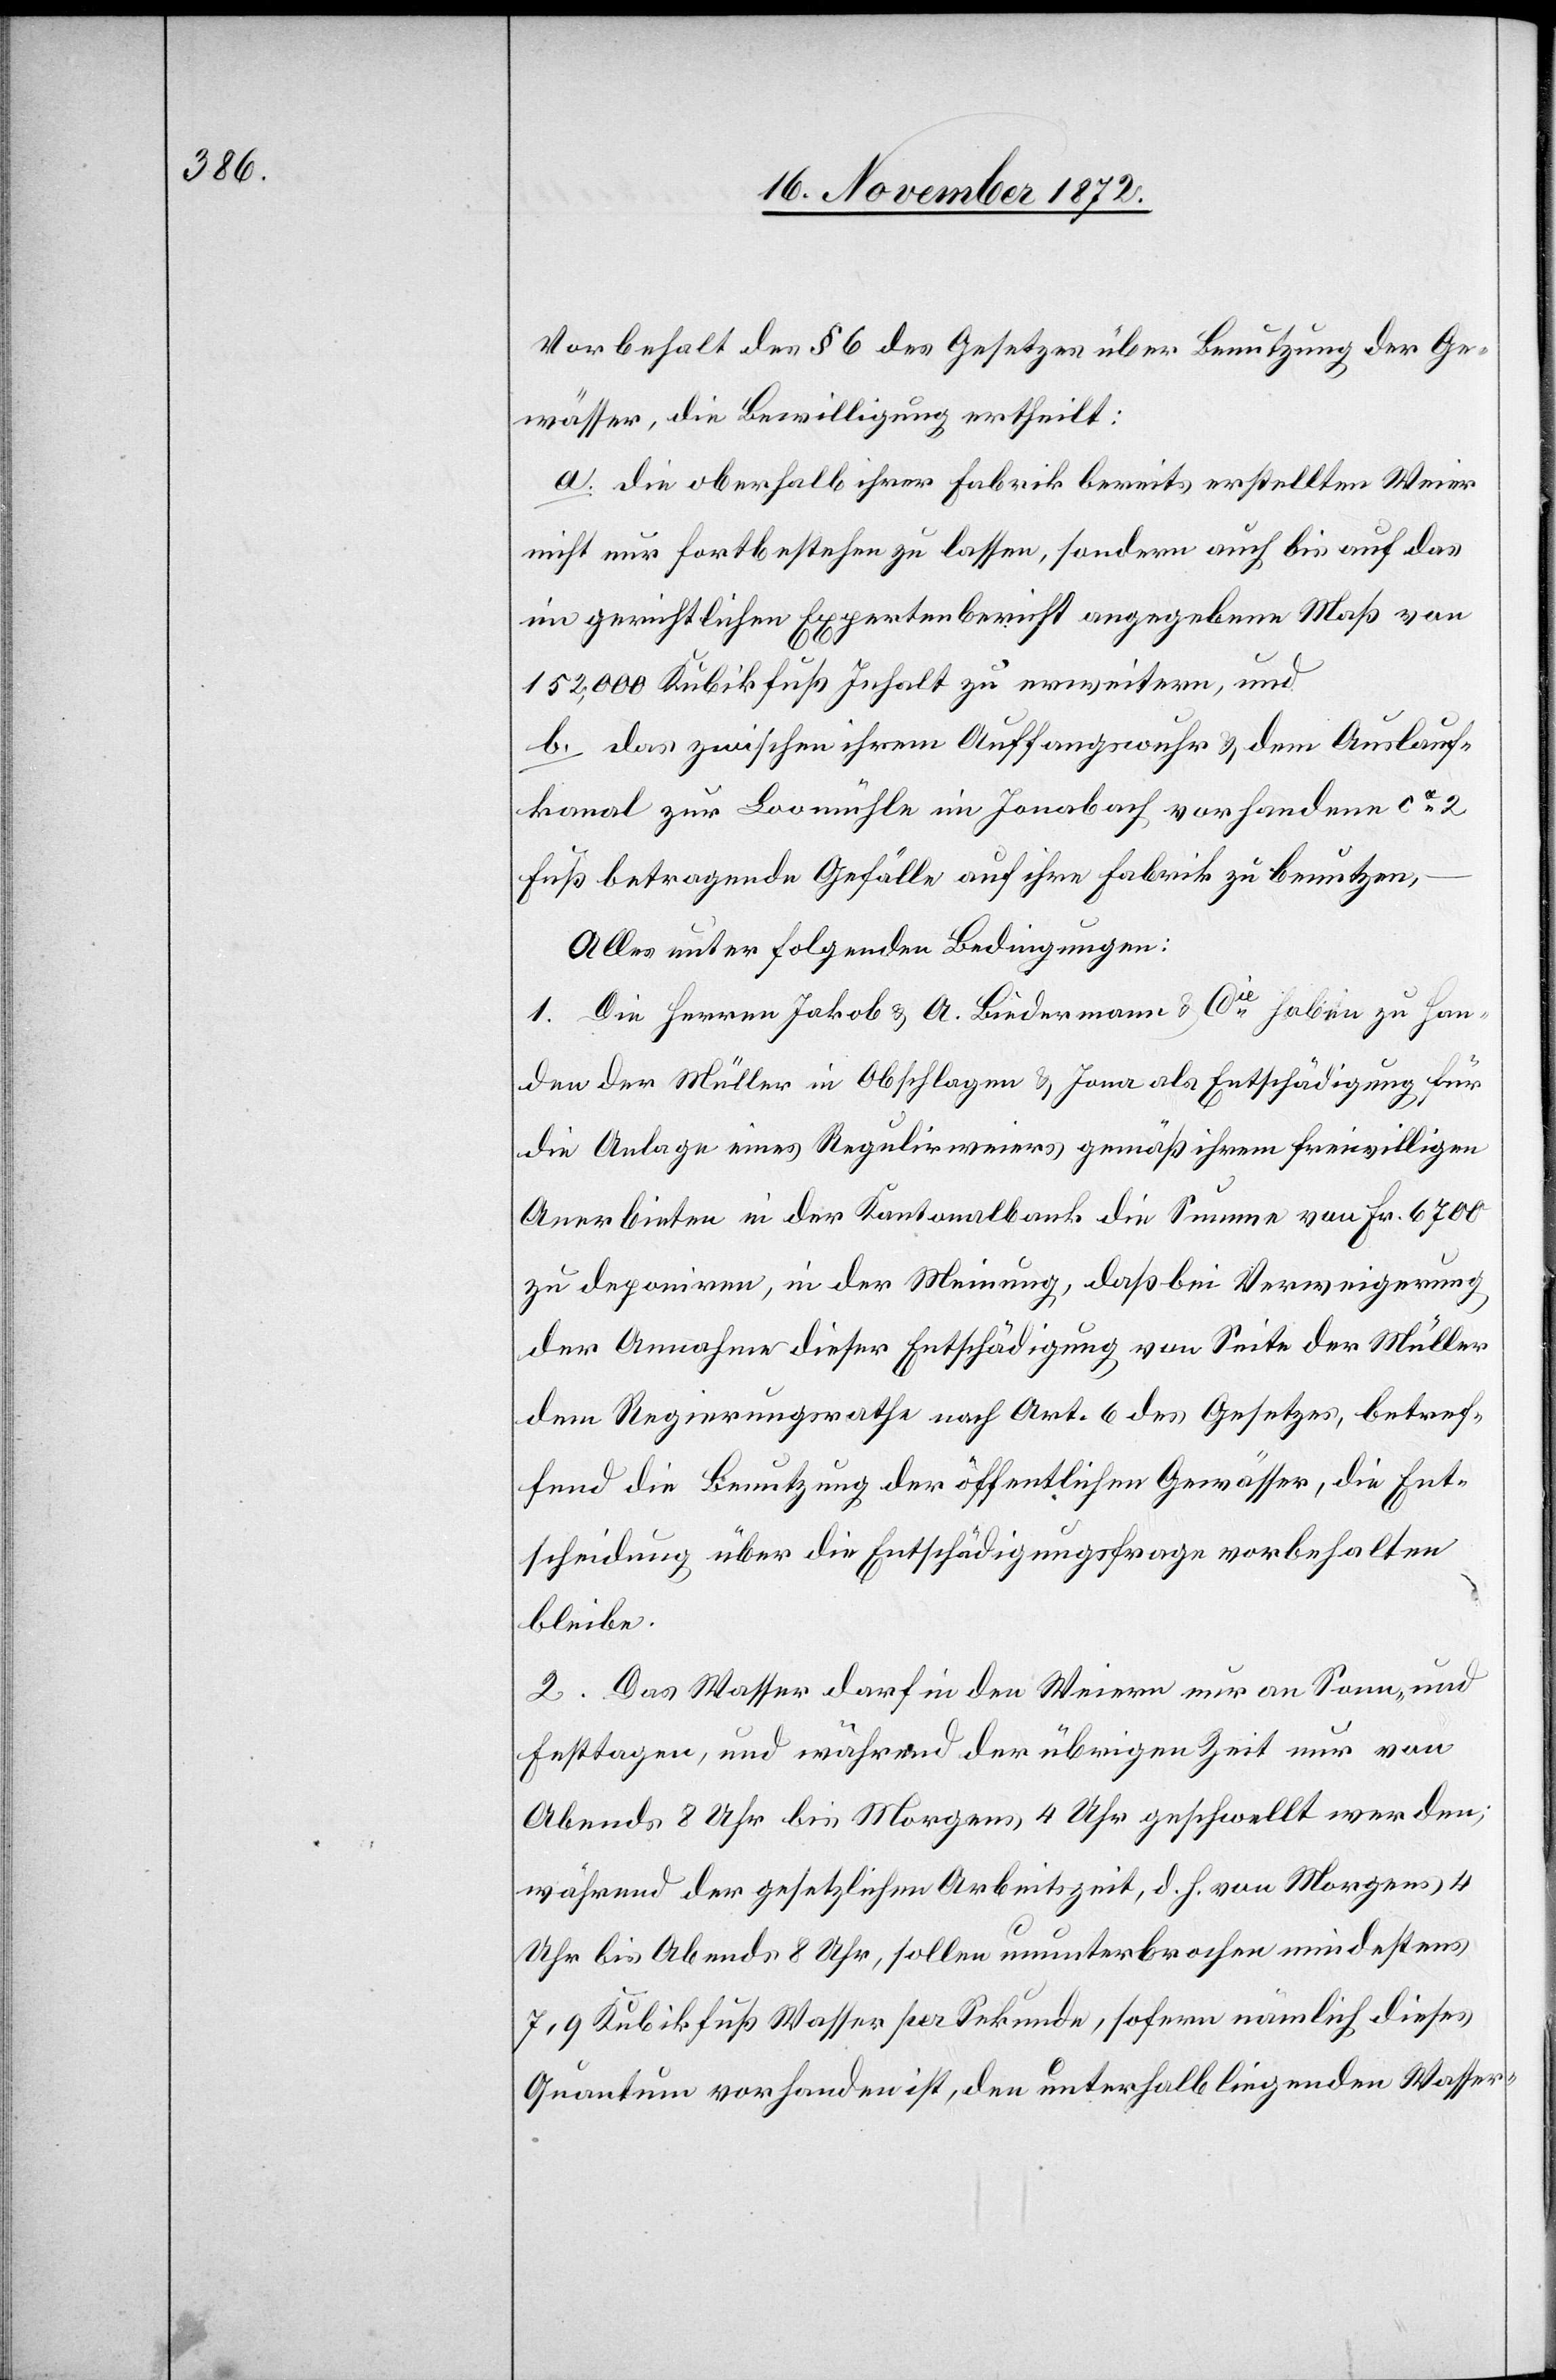
Vorbehalt des § 6 des Gesetzes über Benutzung der Ge¬
wässer, die Bewilligung ertheilt:
a. die oberhalb ihrer Fabrik bereits erstellten Weier
nicht nur fortbestehen zu lassen, sondern auch bis auf das
im gerichtlichen Expertenbericht angegebene Maß von
152,000 Kubikfuß Inhalt zu erweitern, und
b. das zwischen ihrem Auffangswuhr u. dem Auslauf¬
kanal zur Loomühle im Jonabach vorhandene ca 2
Fuß betragende Gefälle auf ihre Fabrik zu benutzen,
Alles unter folgenden Bedingungen:
1. Die Herren Jakob u. A. Biedermann u. Cie haben zu Han¬
den der Müller in Obschlagen u. Jona als Entschädigung für
die Anlage eines Regulirweiers gemäß ihrem freiwilligen
Anerbieten in der Kantonalbank die Summe von Fr. 6700
zu deponiren, in der Meinung, da bei Verweigerung
der Annahme dieser Entschädigung von Seite der Müller
dem Regierungsrathe nach Art. 6 des Gesetzes, betref¬
fend die Benutzung der öffentlichen Gewässer, die Ent¬
scheidung über die Entschädigungsfrage vorbehalten
bleibe.
2. Das Wasser darf in den Weiern nur an Sonn- und
Festtagen, und während der übrigen Zeit nur von
Abends 8 Uhr bis Morgens 4 Uhr geschwellt werden;
während der gesetzlichen Arbeitszeit, d. h. von Morgens 4
Uhr bis Abends 8 Uhr, sollen ununterbrochen mindestens
7,9 Kubikfuß Wasser per Sekunde, sofern nämlich dieses
Quantum vorhanden ist, den unterhalb liegenden Wasser-